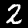
Label: 2